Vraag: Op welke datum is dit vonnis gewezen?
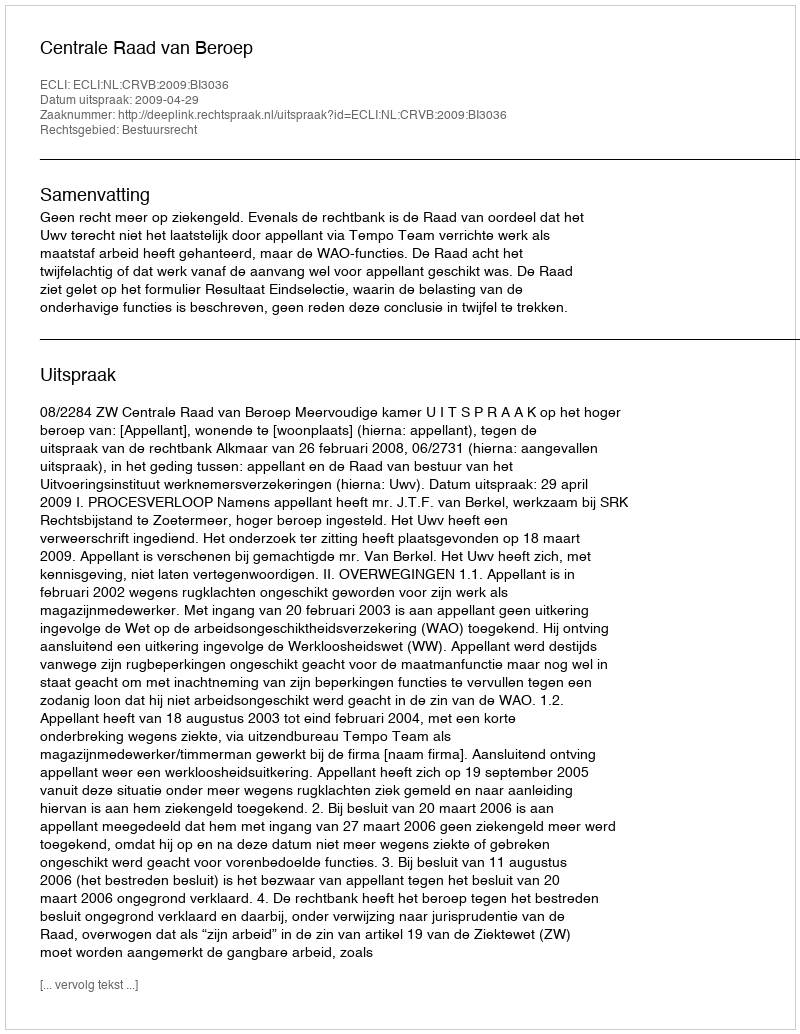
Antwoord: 2009-04-29